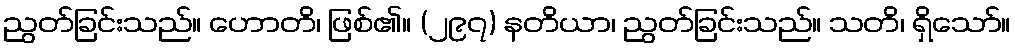
ညွတ်ခြင်းသည်။ ဟောတိ၊ ဖြစ်၏။ (၂၉၇) နတိယာ၊ ညွတ်ခြင်းသည်။ သတိ၊ ရှိသော်။